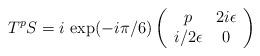
LaTeX: \begin{align*}T^{p}S=i\ \mbox{exp}(-i\pi/6)\left(\begin{array}{cc}p&2i\epsilon\\i/2\epsilon&0\end{array}\right)\end{align*}